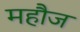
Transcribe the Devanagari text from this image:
महौज